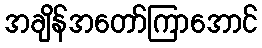
အချိန်အတော်ကြာအောင်